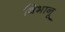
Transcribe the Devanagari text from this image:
विभानू